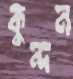
কুন্দন